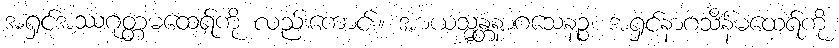
အရှင်အဿဂုတ္တမထေရ်ကို လည်းကောင်း။ အာယသ္မန္တံနာဂသေနဉ္စ၊ အရှင်နာဂသိန်မထေရ်ကို